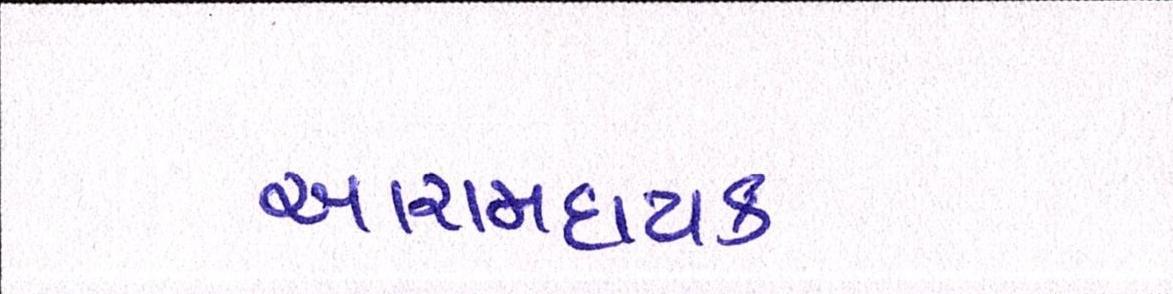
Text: આરામદાયક